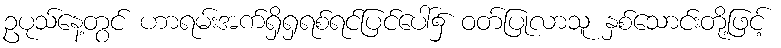
ဥပုသ်နေ့တွင် ဟာရမ်းအက်ရှိရှရစ်ရင်ပြင်ပေါ်၌ ဝတ်ပြုလာသူ နှစ်သောင်းတို့ဖြင့်